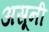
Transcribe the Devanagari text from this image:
असूनी